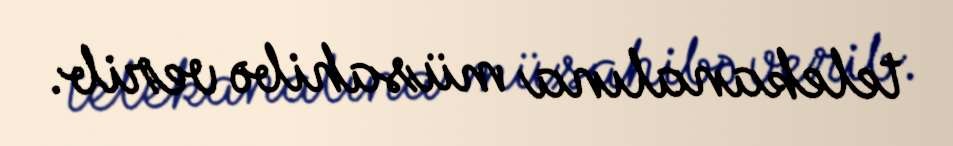
telekanalına müsahibə verib.